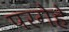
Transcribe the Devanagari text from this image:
परगेहे